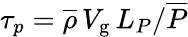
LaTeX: \tau_{p}=\overline{{\rho}}\, V_{\mathrm{g}}\, L_{P}/\overline{{P}}